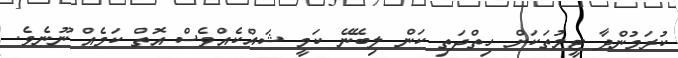
ކުރަމުންދާ ޓީމުތަކަށް ހިތްދަތި ކަން ލިބޭނޭ ކަމީ ޝައްކެއްވެސް އޮތް ކަމެއް ނޫނެވެ.